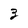
Character: 3